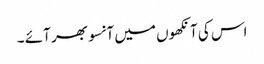
اس کی آنکھوں میں آنسو بھر آئے ۔